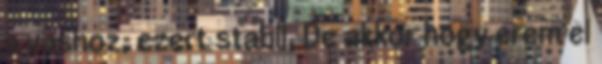
a vashoz, ezert stabil. De akkor hogy erem el